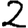
Digit: 2